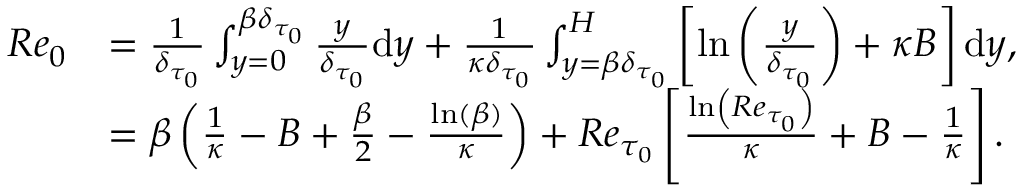
\begin{array} { r l } { R e _ { 0 } } & { = \frac { 1 } { \delta _ { \tau _ { 0 } } } \int _ { y = 0 } ^ { { \beta } \delta _ { \tau _ { 0 } } } \frac { y } { \delta _ { \tau _ { 0 } } } \mathrm { d } y + \frac { 1 } { \kappa \delta _ { \tau _ { 0 } } } \int _ { y = { \beta } \delta _ { \tau _ { 0 } } } ^ { H } \left[ \ln \left( \frac { y } { \delta _ { \tau _ { 0 } } } \right) + \kappa B \right] \mathrm { d } y , } \\ & { = \beta \left( \frac { 1 } { \kappa } - B + \frac { { \beta } } { 2 } - \frac { \ln ( { \beta } ) } { \kappa } \right) + R e _ { \tau _ { 0 } } \left[ \frac { \ln \left( R e _ { \tau _ { 0 } } \right) } { \kappa } + B - \frac { 1 } { \kappa } \right] . } \end{array}